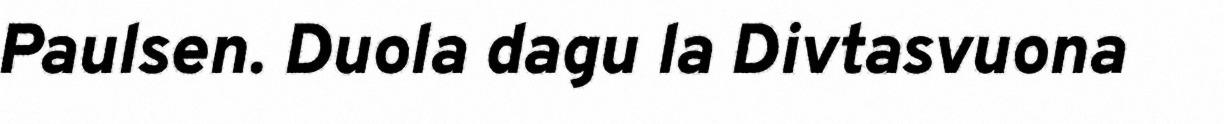
Paulsen. Duola dagu la Divtasvuona